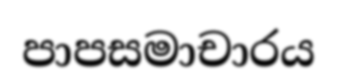
පාපසමාචාරය